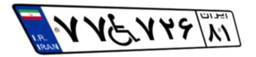
۷۷W۷۲۶۸۱